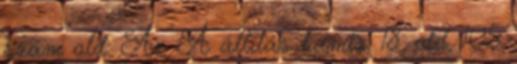
szám old. Az A állítás hamis. 18. old. 105